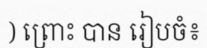
) ព្រោះ បាន រៀបចំ៖